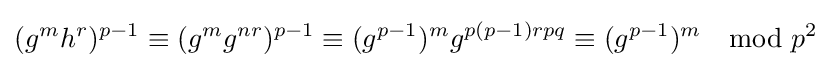
(g^{m}h^{r})^{p-1}\equiv (g^{m}g^{nr})^{p-1}\equiv (g^{p-1})^{m}g^{p(p-1)rpq}\equiv (g^{p-1})^{m}\mod p^{2}